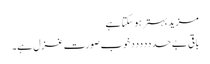
مزید بہتر ہو سکتا ہے
باقی بے حدددددد خوب صورت غزل ہے۔